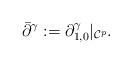
LaTeX: \begin{align*}\bar{\partial}^{\gamma}:=\partial_{1,0}^{\gamma}|_{\mathcal{C}^{p}}.\end{align*}